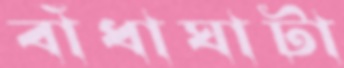
বাঁধাঘাটা